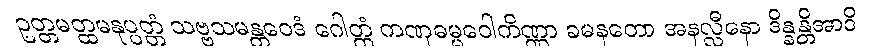
ဥတ္တမတ္ထမနုပ္ပတ္တံ သဗ္ဗသမန္တဝေဒံ ဂေါတ္တံ ကဏှဓမ္မဝေါကိဏ္ဏာ ခမနတော အနလ္လီနော ဒိန္နန္တိအာဒိ